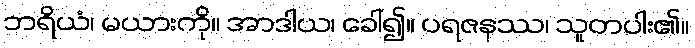
ဘရိယံ၊ မယားကို။ အာဒါယ၊ ခေါ်၍။ ပရဇနဿ၊ သူတပါး၏။